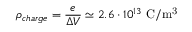
\rho _ { c h a r g e } = \frac { e } { \Delta V } \simeq 2 . 6 \cdot 1 0 ^ { 1 3 } ~ \mathrm { C / m ^ { 3 } }